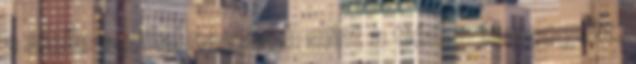
a melle sokkal nagyobb mint a tiéd. - kuncogott.